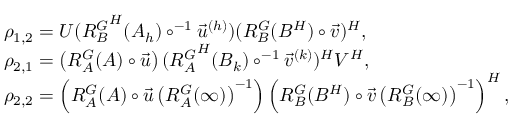
\begin{array} { r l } & { \rho _ { 1 , 2 } = U ( { R _ { B } ^ { G } } ^ { H } ( A _ { h } ) \circ ^ { - 1 } \vec { u } ^ { ( h ) } ) ( R _ { B } ^ { G } ( B ^ { H } ) \circ \vec { v } ) ^ { H } , } \\ & { \rho _ { 2 , 1 } = \left( R _ { A } ^ { G } ( A ) \circ \vec { u } \right) ( { R _ { A } ^ { G } } ^ { H } ( B _ { k } ) \circ ^ { - 1 } \vec { v } ^ { ( k ) } ) ^ { H } V ^ { H } , } \\ & { \rho _ { 2 , 2 } = \left( R _ { A } ^ { G } ( A ) \circ \vec { u } \left( R _ { A } ^ { G } ( \infty ) \right) ^ { - 1 } \right) \left( R _ { B } ^ { G } ( B ^ { H } ) \circ \vec { v } \left( R _ { B } ^ { G } ( \infty ) \right) ^ { - 1 } \right) ^ { H } , } \end{array}